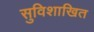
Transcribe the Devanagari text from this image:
सुविशाखित